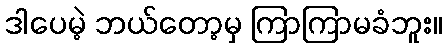
ဒါပေမဲ့ ဘယ်တော့မှ ကြာကြာမခံဘူး။